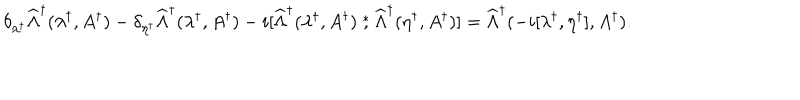
\delta _ { \lambda ^ { \dagger } } \widehat \Lambda ^ { \dagger } ( \lambda ^ { \dagger } , A ^ { \dagger } ) - \delta _ { \eta ^ { \dagger } } \widehat \Lambda ^ { \dagger } ( \lambda ^ { \dagger } , A ^ { \dagger } ) - i [ \widehat \Lambda ^ { \dagger } ( \lambda ^ { \dagger } , A ^ { \dagger } ) \stackrel { * } { , } \widehat \Lambda ^ { \dagger } ( \eta ^ { \dagger } , A ^ { \dagger } ) ] = \widehat \Lambda ^ { \dagger } ( - i [ \lambda ^ { \dagger } , \eta ^ { \dagger } ] , A ^ { \dagger } ) .